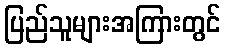
ပြည်သူများအကြားတွင်